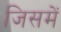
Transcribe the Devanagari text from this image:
जिसमें